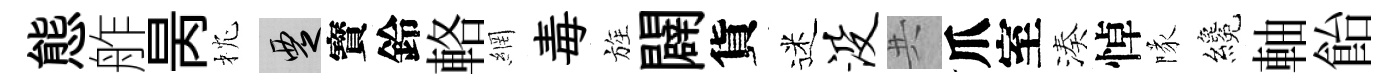
態舴昺枕覂寳鈴輅網毒旌闢貨迷没共爪室湊悼隊纔軸飴